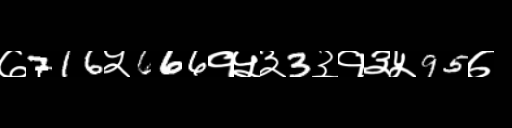
Text: ७716५666१५३3३१३५95७